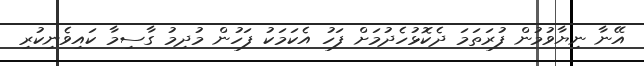
އޭނާ ނިޔާވުމުން ފުރަތަމަ ދެކޮޅުހެދުމަށް ފަހު އެކަމަކު ފަހުން މުދިމު ގާސިމާ ކައިވެނިކުރި